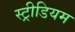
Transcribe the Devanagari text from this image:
स्ट्रीडियम